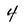
Character: 4